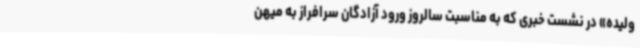
ولیده» در نشست خبری که به مناسبت سالروز ورود آزادگان سرافراز به میهن